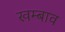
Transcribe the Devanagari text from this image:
खम्बाव